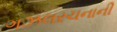
ગઝલરચનાની